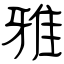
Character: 雅